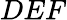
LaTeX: DEF